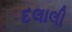
દલાલી